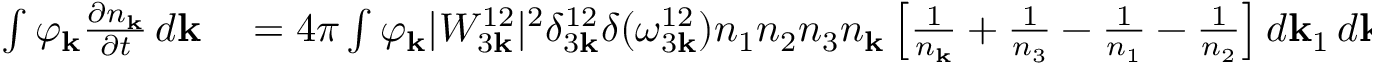
\begin{array} { r l } { \int \varphi _ { \bf k } \frac { \partial n _ { \bf k } } { \partial t } \, d { \bf k } } & { { } = 4 \pi \int \varphi _ { \bf k } | W _ { 3 { \bf k } } ^ { 1 2 } | ^ { 2 } \delta _ { 3 { \bf k } } ^ { 1 2 } \delta ( \omega _ { 3 { \bf k } } ^ { 1 2 } ) n _ { 1 } n _ { 2 } n _ { 3 } n _ { \bf k } \left[ \frac { 1 } { n _ { \bf k } } + \frac { 1 } { n _ { 3 } } - \frac { 1 } { n _ { 1 } } - \frac { 1 } { n _ { 2 } } \right] d { \bf k } _ { 1 } \, d { \bf k } _ { 2 } \, d { \bf k } _ { 3 } \, d { \bf k } } \end{array}